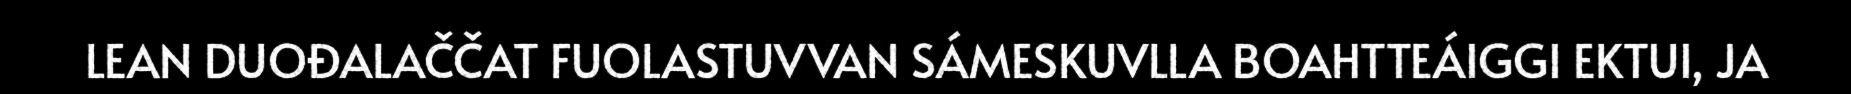
LEAN DUOĐALAČČAT FUOLASTUVVAN SÁMESKUVLLA BOAHTTEÁIGGI EKTUI, JA